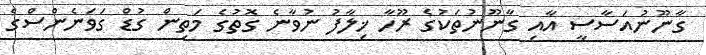
ގާނޫނުއަސާސީ އާއި ގާނޫނުތަކުގެ ރޫހާ ޚިލާފު ނުވާނެ ގޮތުގެ މަތިން ގުޑް ގަވަނެންސްގެ